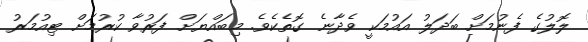
ލޮލުގެ ފެނުމަށް ބަދަލު އައުމަކީ ވެދާނެ ގޮތެކެވެ. މިބައްޔަށް ފަރުވާ ކުރުމަށް ޓިއުމަރު